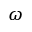
\omega